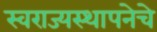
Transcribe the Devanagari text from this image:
स्वराज्यस्थापनेचे